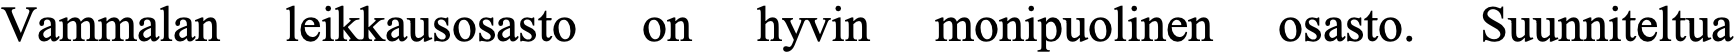
Vammalan  leikkausosasto on hyvin monipuolinen osasto. Suunniteltua